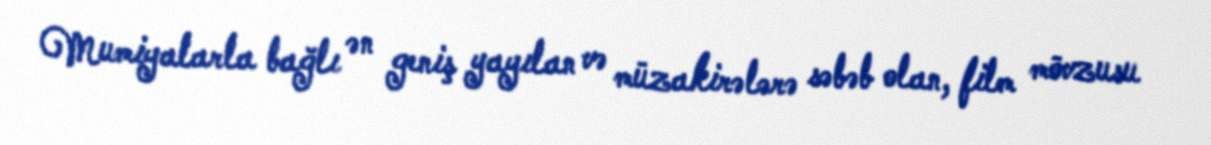
Mumiyalarla bağlı ən geniş yayılan və müzakirələrə səbəb olan, film mövzusu